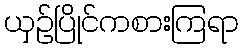
ယှဉ်ပြိုင်ကစားကြရာ